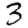
Digit: 3